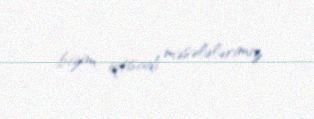
bizim iqtisadi məsələlərimiz.